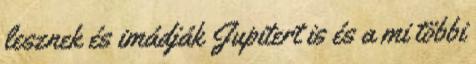
lesznek és imádják Jupitert is és a mi többi